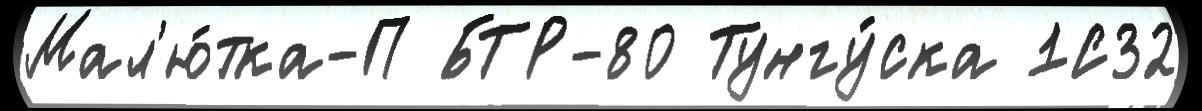
Мал'ю́тка-П БТР-80 Тунгу́ска 1С32